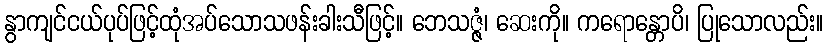
နွာကျင်ငယ်ပုပ်ဖြင့်ထုံအပ်သောသဖန်းခါးသီဖြင့်။ ဘေသဇ္ဇံ၊ ဆေးကို။ ကရောန္တောပိ၊ ပြုသောလည်း။